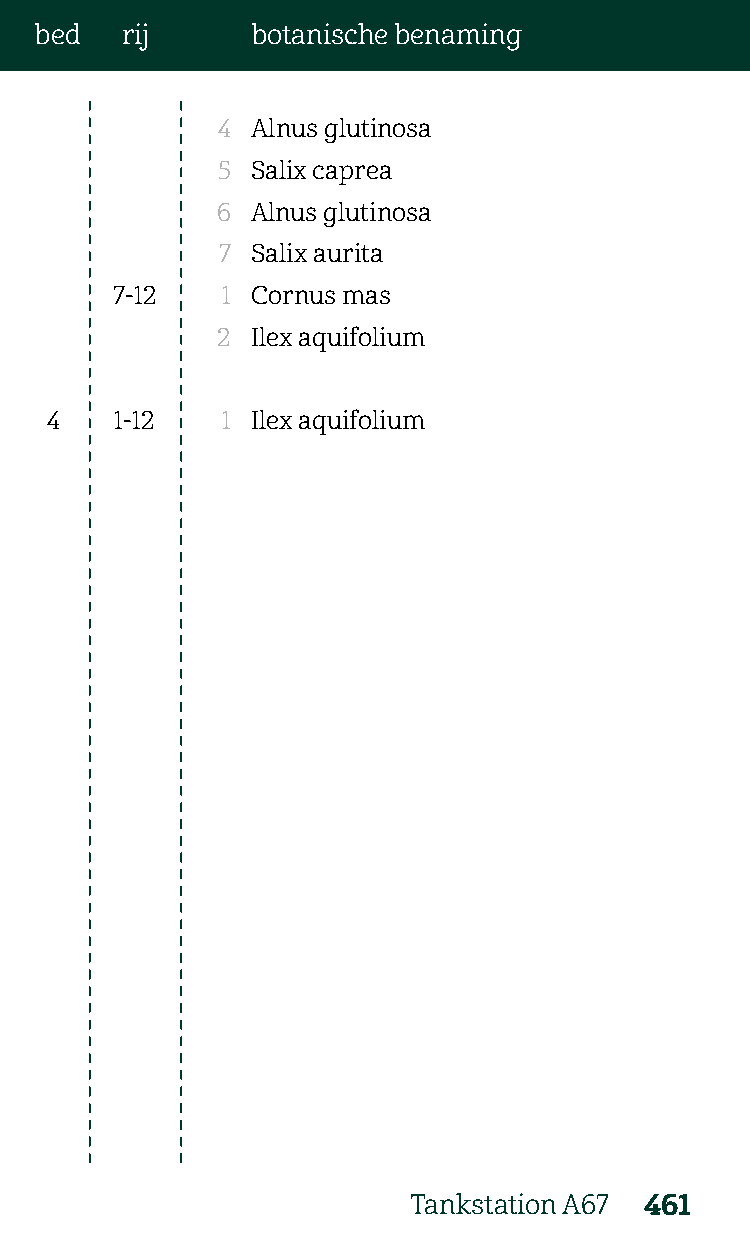
bed   rij      botanische benaming
 4  Alnus glutinosa
 5  Salix caprea
 6  Alnus glutinosa
 7  Salix aurita
 7-12    1 Cornus mas
 2  Ilex aquifolium
 4    1-12   1 Ilex aquifolium
 Tankstation A67 461